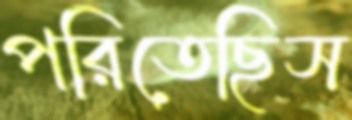
পরিতেছিস